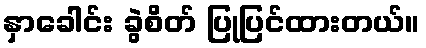
နှာခေါင်း ခွဲစိတ် ပြုပြင်ထားတယ်။